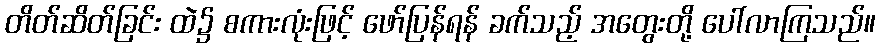
တိတ်ဆိတ်ခြင်း ထဲ၌ စကားလုံးဖြင့် ဖော်ပြန်ရန် ခက်သည့် အတွေးတို့ ပေါ်လာကြသည်။